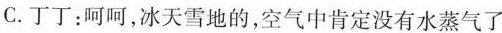
C.丁丁：呵呵，冰天雪地的，空气中肯定没有水蒸气了